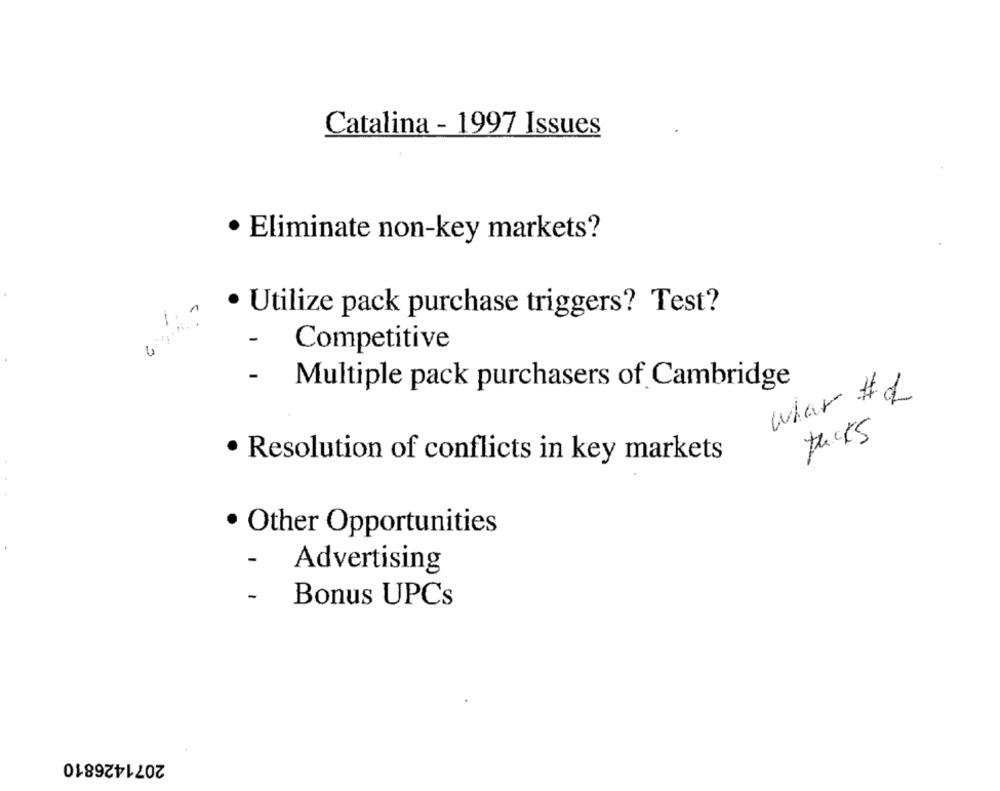
Catalina - 1997 Issues
· Eliminate non-key markets?
1.1
· Utilize pack purchase triggers? Test?
-
Competitive
- Multiple pack purchasers of Cambridge
Whar # 2
Resolution of conflicts in key markets
· Other Opportunities
-
Advertising
-
Bonus UPCs
2071426810